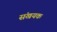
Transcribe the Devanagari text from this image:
संखयक